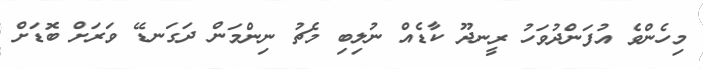
މިހެންވެ އުފަންދުވަހު ރީނދޫ ކާޑެއް ނުލިބި މެޗު ނިންމަން ދަގަނޑޭ ވަރަށް ބޮޑަށް